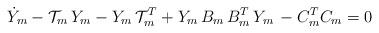
LaTeX: \begin{align*}\displaystyle {\dot Y}_m- {\mathcal T}_m\,Y_m-Y_m\,{\mathcal T}_m^T + Y_m\,{B}_m\,{ B}_m^T\,Y_m\, - {C}_m^T {C}_m=0\end{align*}